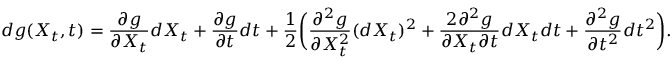
d g ( X _ { t } , t ) = \frac { \partial g } { \partial X _ { t } } d X _ { t } + \frac { \partial g } { \partial t } d t + \frac { 1 } { 2 } \biggl ( { \frac { \partial ^ { 2 } g } { \partial X _ { t } ^ { 2 } } ( d X _ { t } ) ^ { 2 } + \frac { 2 \partial ^ { 2 } g } { \partial X _ { t } \partial t } d X _ { t } d t + \frac { \partial ^ { 2 } g } { \partial t ^ { 2 } } d t ^ { 2 } } \biggr ) .